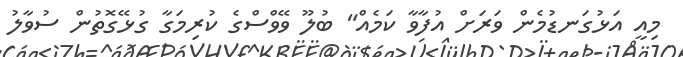
މިއީ އަޅުގަނޑުމެން ވަރަށް އުފާވާ ކަމެެއް" ބުލޫ ވޭވްސްގެ ކުރިމަގާ ގުޅޭގޮތުން ސުވާލު